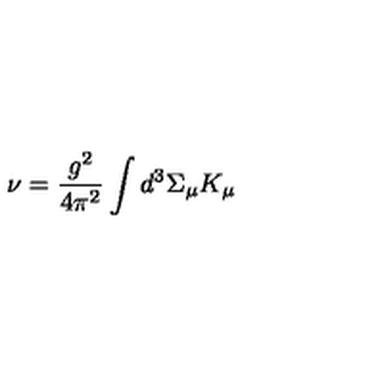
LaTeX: \nu = \frac { g ^ { 2 } } { 4 \pi ^ { 2 } } \int d ^ { 3 } \Sigma _ { \mu } K _ { \mu }